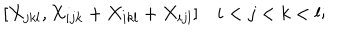
[ X _ { j k l } , X _ { i j k } + X _ { i k l } + X _ { i j l } ] \quad i < j < k < l ;